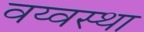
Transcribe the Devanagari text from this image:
वय्वस्था